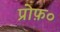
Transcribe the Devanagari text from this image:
प्रोफ़०